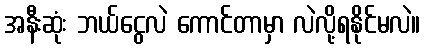
အနီးဆုံး ဘယ်ငွေလဲ ကောင်တာမှာ လဲလို့ရနိုင်မလဲ။